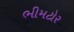
ભીમટોર